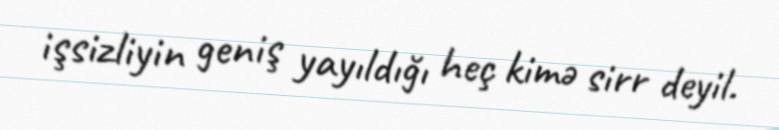
işsizliyin geniş yayıldığı heç kimə sirr deyil.